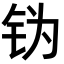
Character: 𬬶